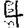
Digit: 4